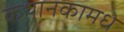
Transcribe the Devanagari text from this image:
कथानकामधे